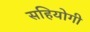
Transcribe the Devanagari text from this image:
सहियोगी